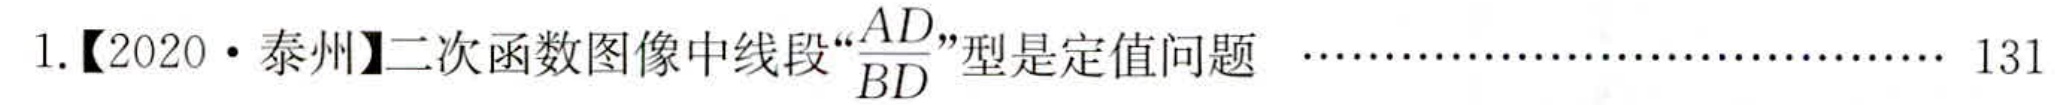
1.【2020·泰州】二次函数图像中线段“\(\frac{AD}{BD}\)”型是定值问题  …………………………… 131